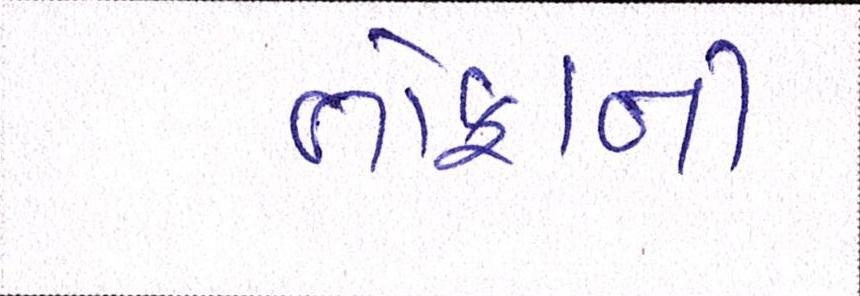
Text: તોફાની